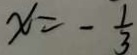
x = - \frac { 1 } { 3 }